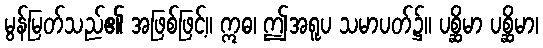
မွန်မြတ်သည်၏ အဖြစ်ဖြင့်။ ဣဓ၊ ဤအရူပ သမာပတ်၌။ ပစ္ဆိမာ ပစ္ဆိမာ၊